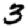
Digit: 3